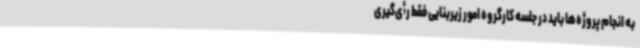
به انجام پروژه‌ها باید در جلسه کارگروه امور زیربنایی فقط رأی‌گیری